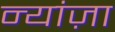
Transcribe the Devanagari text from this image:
न्यांज़ा